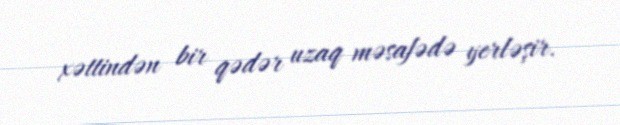
xəttindən bir qədər uzaq məsafədə yerləşir.